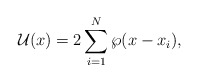
\begin{align*}{\cal U}(x)=2\sum_{i=1}^N\wp(x-x_i),\end{align*}